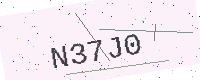
Text: N37J0